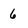
Character: 6